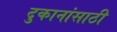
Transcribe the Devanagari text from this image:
दुकानांसाठी